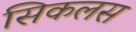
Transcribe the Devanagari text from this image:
सिकलस